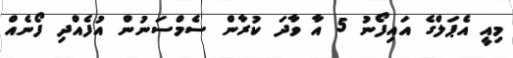
މިއީ އެޕަލްގެ އައިފޯނު 5 އާ ވާދަ ކުރާން ސެމްސަނުން އުފެއްދި ފޯނެއް